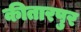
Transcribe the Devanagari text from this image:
कीतारपुर